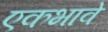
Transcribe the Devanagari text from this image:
एकभावे